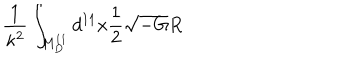
LaTeX: \frac { 1 } { \kappa ^ { 2 } } \int _ { M _ { D } ^ { 1 1 } } d ^ { 1 1 } x \frac { 1 } { 2 } \sqrt { - G } R